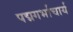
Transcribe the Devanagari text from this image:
पद्मगर्भाचार्य